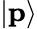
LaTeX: \vert\mathbf{p}\rangle